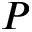
P